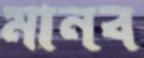
মানব